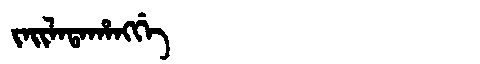
Manchu: ᠵᠠᡳᠯᠠᡨᠠᡥᠠᠩᡤᡝ
Romanization: JAILATAHANGGE